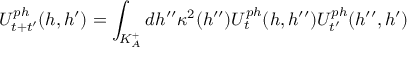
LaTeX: U _ { t + t ^ { \prime } } ^ { p h } ( h , h ^ { \prime } ) = \int _ { K _ { A } ^ { + } } d h ^ { \prime \prime } \kappa ^ { 2 } ( h ^ { \prime \prime } ) U _ { t } ^ { p h } ( h , h ^ { \prime \prime } ) U _ { t ^ { \prime } } ^ { p h } ( h ^ { \prime \prime } , h ^ { \prime } )